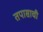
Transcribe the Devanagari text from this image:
तपासाची